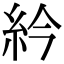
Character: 紟